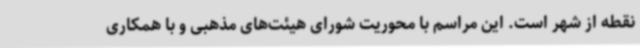
نقطه از شهر است. این مراسم با محوریت شورای هیئت‌های مذهبی و با همکاری